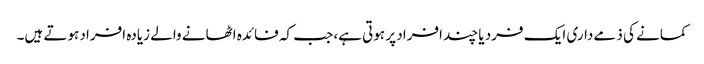
کمانے کی ذمے داری ایک فرد یا چند افراد پر ہوتی ہے، جب کہ فائدہ اٹھانے والے زیادہ افراد ہوتے ہیں۔